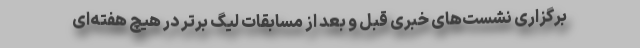
برگزاری نشست‌های خبری قبل و بعد از مسابقات لیگ برتر در هیچ هفته‌ای